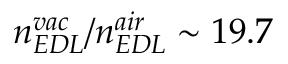
n _ { E D L } ^ { v a c } / n _ { E D L } ^ { a i r } \sim 1 9 . 7